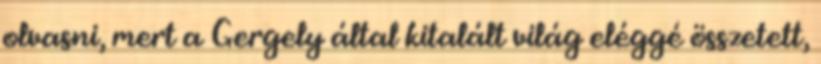
olvasni, mert a Gergely által kitalált világ eléggé összetett,